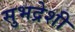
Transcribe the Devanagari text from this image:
सुभद्रेशी